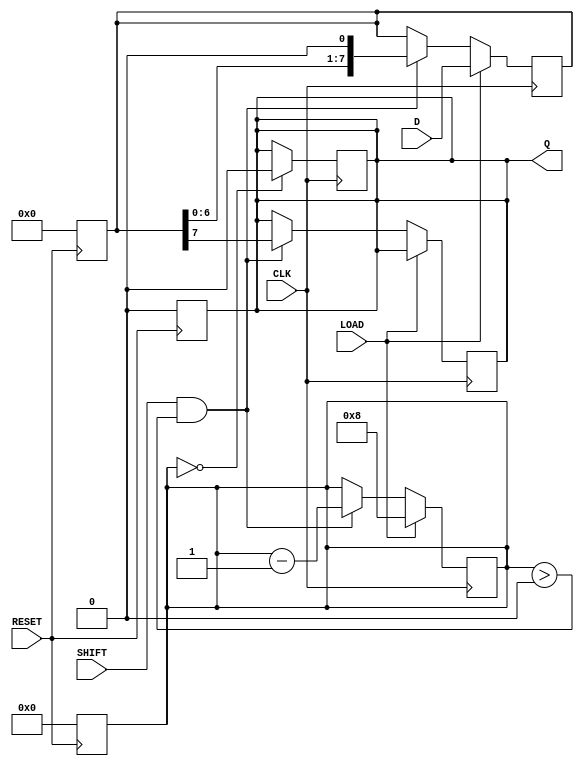
module PISO_Register #(
    parameter WIDTH = 8  // Configurable width of the register
)(
    input wire [WIDTH-1:0] D,      // Parallel Data Input
    input wire LOAD,                // Load Control Signal
    input wire SHIFT,               // Shift Control Signal
    input wire CLK,                 // Clock Signal
    input wire RESET,               // Asynchronous Reset
    output reg Q                   // Serial Output
);

    reg [WIDTH-1:0] shift_reg;      // Internal shift register
    reg [3:0] bit_count;             // Counter for shifted bits

    // Asynchronous Reset
    always @(posedge RESET) begin
        shift_reg <= 0;
        Q <= 0;
        bit_count <= 0;
    end

    // Load and Shift Logic
    always @(posedge CLK) begin
        if (LOAD) begin
            // Load data into the shift register
            shift_reg <= D;
            bit_count <= WIDTH; // Reset bit count to the width of the register
        end else if (SHIFT && bit_count > 0) begin
            // Shift data out
            Q <= shift_reg[WIDTH-1]; // Output the MSB
            shift_reg <= {shift_reg[WIDTH-2:0], 1'b0}; // Shift left
            bit_count <= bit_count - 1; // Decrement bit count
        end
    end

    // Optional: If you want to keep Q stable after all bits are shifted out
    always @(posedge CLK) begin
        if (bit_count == 0) begin
            Q <= 1'b0; // Output zero when no bits are left to shift
        end
    end

endmodule